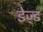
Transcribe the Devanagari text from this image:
डेज़्ड